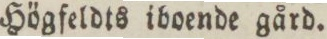
Högfeldts iboende gård.